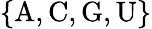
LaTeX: \{ \mathrm{A},\mathrm{C},\mathrm{G},\mathrm{U}\}